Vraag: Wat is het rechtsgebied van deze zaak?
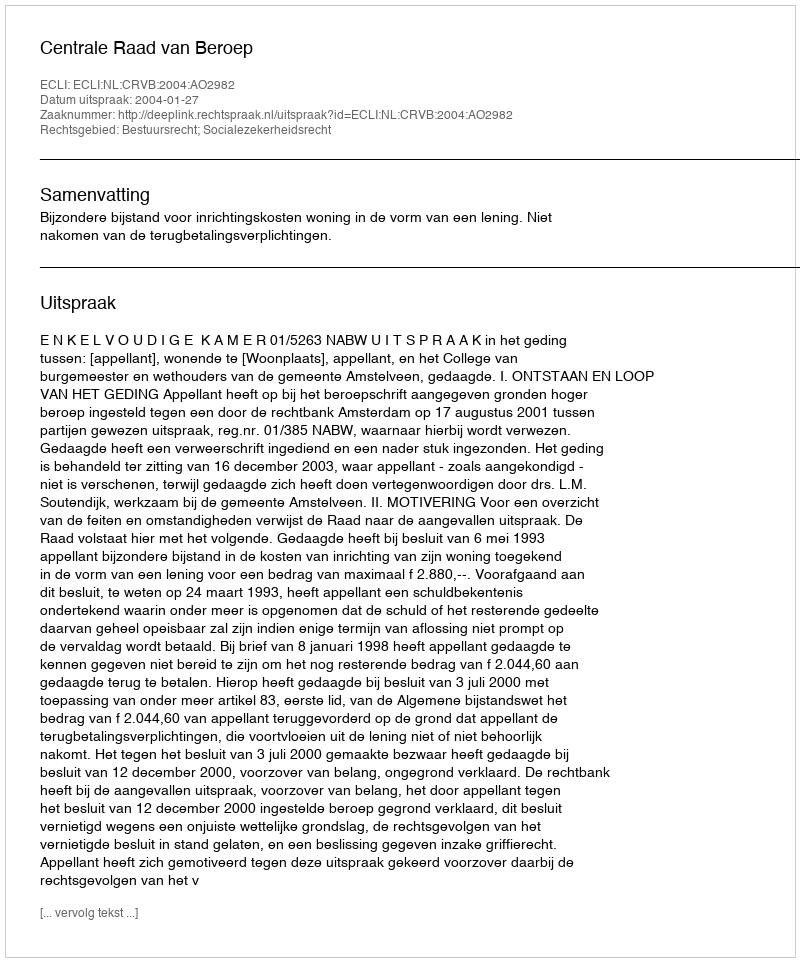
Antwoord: Bestuursrecht; Socialezekerheidsrecht